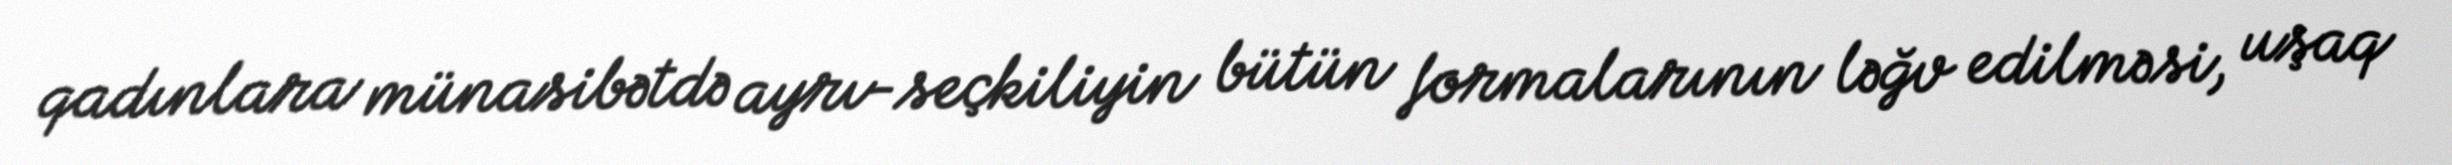
qadınlara münasibətdə ayrı-seçkiliyin bütün formalarının ləğv edilməsi, uşaq